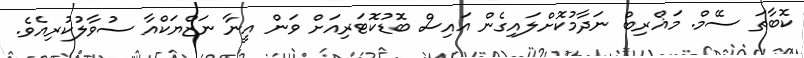
ކޮބާތަ ސޭމް. މަޣްރިބް ނަދާމުކޮށްލައިގެން އައިސް ބޮޑުކޮޓަރިއަށް ވަން އީނާ ނަޒްޔަކްއާ ސުވާލުކުރިއެވެ.